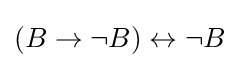
(B\to \neg B)\leftrightarrow \neg B